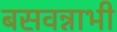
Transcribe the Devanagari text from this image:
बसवन्नाभी